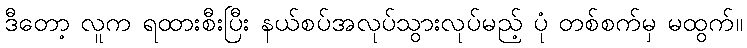
ဒီတော့ လူက ရထားစီးပြီး နယ်စပ်အလုပ်သွားလုပ်မည့် ပုံ တစ်စက်မှ မထွက်။